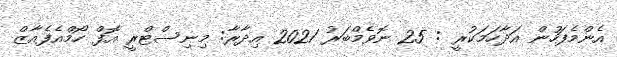
އެންމެފަހުން އަދާހަމަކުރީ : 25 ނޮވެމްބަރު 2021 އިދާރާ: މިނިސްޓްރީ އޮފް ހޯމްއެފެއާޒް